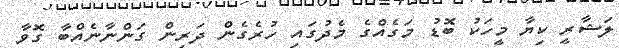
ލަޝާރީ ކިޔާ މީހަކު ބޮޑު މަގެއްގެ މެދުގައި ހުރެގެން ދަރިން ގަންނާނެއްބާ ގޮވާ